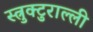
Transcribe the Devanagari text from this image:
स्त्रुक्टुराल्ली